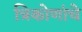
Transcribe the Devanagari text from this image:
त्रिकोणांचे